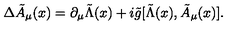
\Delta { \tilde { A } } _ { \mu } ( x ) = \partial _ { \mu } { \tilde { \Lambda } } ( x ) + i { \tilde { g } } [ { \tilde { \Lambda } } ( x ) , { \tilde { A } } _ { \mu } ( x ) ] .